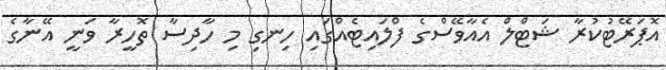
އޮޕަރޭޓުކުރާ ޝަޓްލް އެއާވޭސްގެ ފްލައިޓެއްގައި ހިނގި މި ހާދިސާ ތޮހީރާ ވަނީ އޭނާގެ